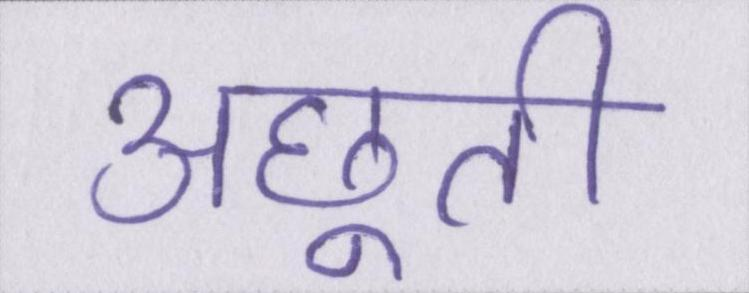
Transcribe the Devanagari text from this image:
अछूती